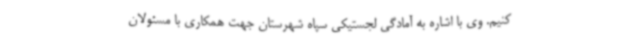
کنیم. وی با اشاره به آمادگی لجستیکی سپاه شهرستان جهت همکاری با مسئولان